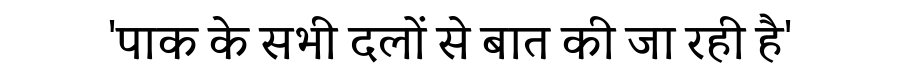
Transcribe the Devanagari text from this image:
'पाक के सभी दलों से बात की जा रही है'